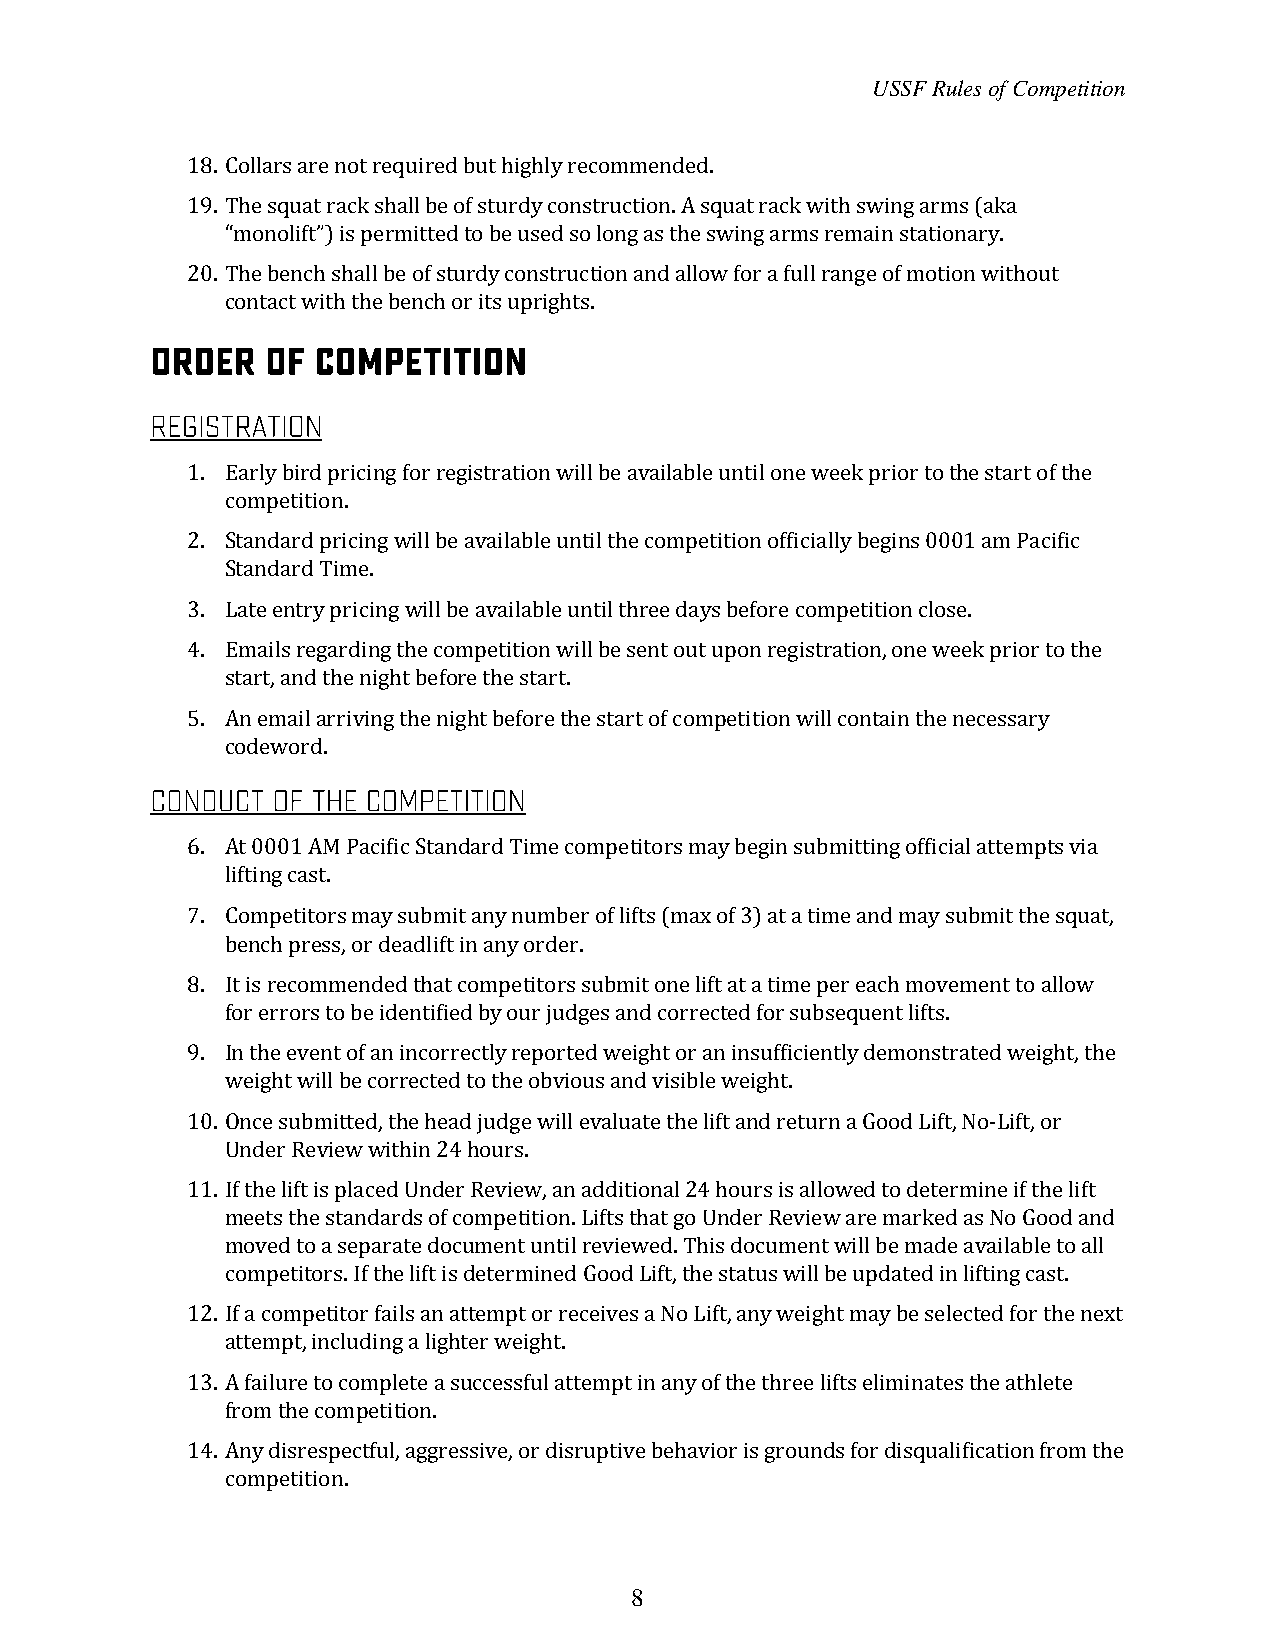
USSF Rules of Competition
 18. Collars are not required but highly recommended.
 19. The squat rack shall be of sturdy construction. A squat rack with swing arms (aka
 “monolift”) is permitted to be used so long as the swing arms remain stationary.
 20. The bench shall be of sturdy construction and allow for a full range of motion without
 contact with the bench or its uprights.
 1. Early bird pricing for registration will be available until one week prior to the start of the
 competition.
 2. Standard pricing will be available until the competition officially begins 0001 am Pacific
 Standard Time.
 3. Late entry pricing will be available until three days before competition close.
 4. Emails regarding the competition will be sent out upon registration, one week prior to the
 start, and the night before the start.
 5. An email arriving the night before the start of competition will contain the necessary
 codeword.
 6. At 0001 AM Pacific Standard Time competitors may begin submitting official attempts via
 lifting cast.
 7. Competitors may submit any number of lifts (max of 3) at a time and may submit the squat,
 bench press, or deadlift in any order.
 8. It is recommended that competitors submit one lift at a time per each movement to allow
 for errors to be identified by our judges and corrected for subsequent lifts.
 9. In the event of an incorrectly reported weight or an insufficiently demonstrated weight, the
 weight will be corrected to the obvious and visible weight.
 10. Once submitted, the head judge will evaluate the lift and return a Good Lift, No-Lift, or
 Under Review within 24 hours.
 11. If the lift is placed Under Review, an additional 24 hours is allowed to determine if the lift
 meets the standards of competition. Lifts that go Under Review are marked as No Good and
 moved to a separate document until reviewed. This document will be made available to all
 competitors. If the lift is determined Good Lift, the status will be updated in lifting cast.
 12. If a competitor fails an attempt or receives a No Lift, any weight may be selected for the next
 attempt, including a lighter weight.
 13. A failure to complete a successful attempt in any of the three lifts eliminates the athlete
 from the competition.
 14. Any disrespectful, aggressive, or disruptive behavior is grounds for disqualification from the
 competition.
 8